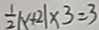
\frac { 1 } { 2 } \vert x + 2 \vert \times 3 = 3